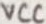
Text: VCC